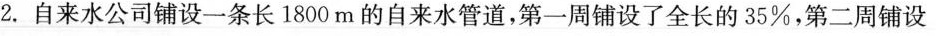
2.自来水公司铺设一条长1800m的自来水管道，第一周铺设了全长的35%，第二周铺设